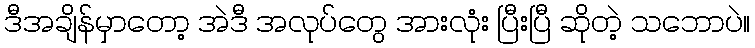
ဒီအချိန်မှာတော့ အဲဒီ အလုပ်တွေ အားလုံး ပြီးပြီ ဆိုတဲ့ သဘောပဲ။